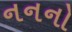
નનનો